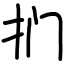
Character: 扪